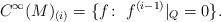
LaTeX: \begin{align*}C^\infty(M)_{(i)}=\{f\colon \ f^{(i-1)}|_Q=0\}.\end{align*}